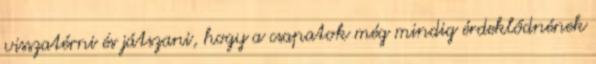
visszatérni és játszani, hogy a csapatok még mindig érdeklődnének